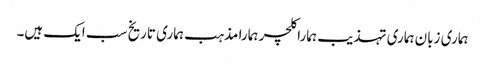
ہماری زبان ہماری تہذیب ہمارا کلچر ہمارا مذہب ہماری تاریخ سب ایک ہیں۔